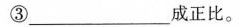
③___成正比。